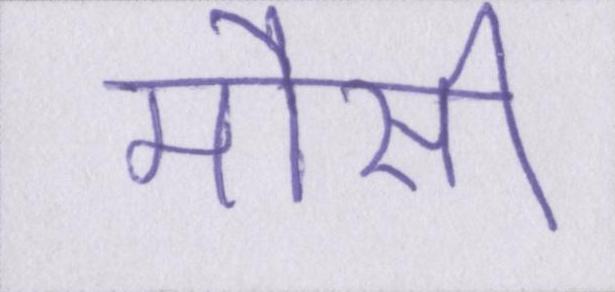
मौसी